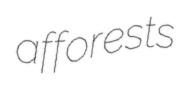
afforests